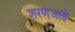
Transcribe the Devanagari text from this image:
शरणजाईं